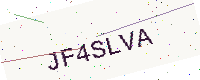
Text: JF4SLVA